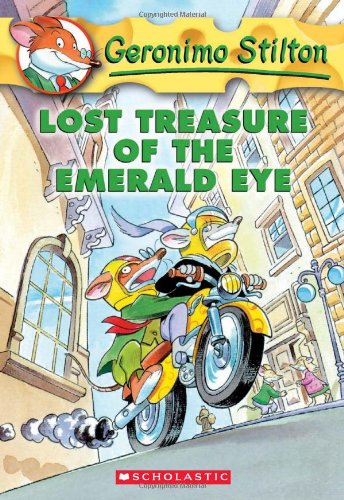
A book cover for Lost Treasure of the Emerald Eye (Geronimo Stilton, No. 1); Geronimo Stilton; Children's Books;